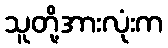
သူတို့အားလုံးက